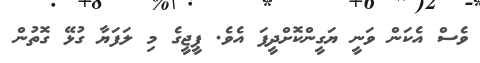
ވެސް އެކަން ވަނީ ޔަގީންކޮށްދީފަ އެވެ. ޕީޖީގެ މި ލަފަޔާ ގުޅޭ ގޮތުން